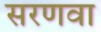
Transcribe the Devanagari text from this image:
सरणवा